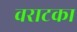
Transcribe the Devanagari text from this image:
वराटका